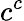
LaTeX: c^{c}